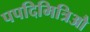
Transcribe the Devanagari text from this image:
पपदिमित्रिऔ